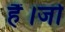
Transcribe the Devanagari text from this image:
हैं।जो